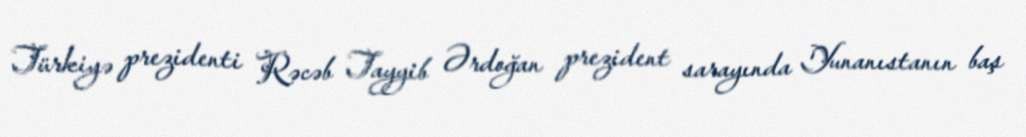
Türkiyə prezidenti Rəcəb Tayyib Ərdoğan prezident sarayında Yunanıstanın baş